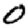
Digit: 0